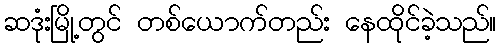
ဆဒုံးမြို့တွင် တစ်ယောက်တည်း နေထိုင်ခဲ့သည်။